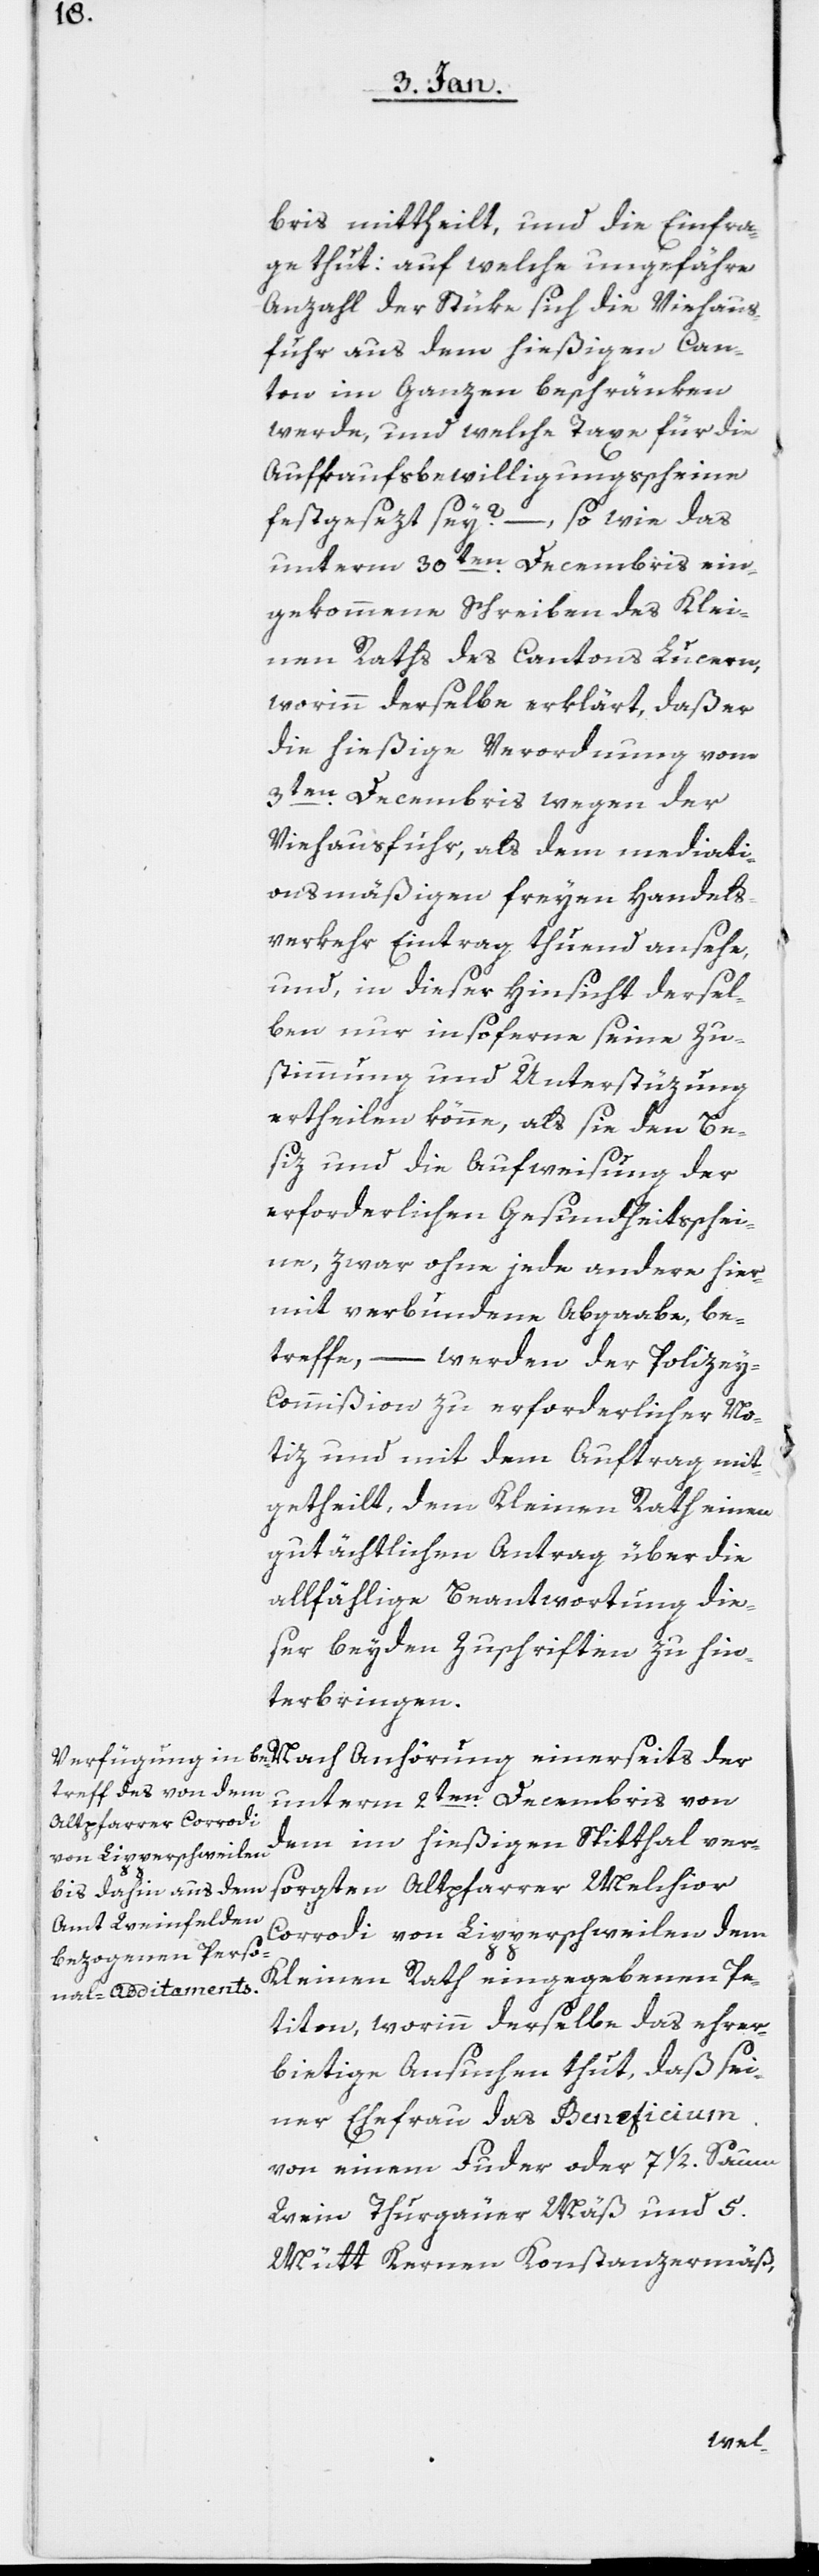
bris mittheilt, und die Einfra¬
ge thut: auf welche ungefähre
Anzahl der Stüke sich die Viehaus¬
fuhr aus dem hießigen Can¬
ton im Ganzen beschränken
werde, und welche Taxe für die
Aufkaufsbewilligungsscheine
festgesezt sey? – so wie das
unterm 30sten. Decembris ein¬
gekommene Schreiben des Klei¬
nen Raths des Cantons Lucern,
worinn derselbe erklärt, daß er
die hießige Verordnung vom
3ten Decembris wegen der
Viehausfuhr, als dem mediati¬
onsmäßigen freyen Handels¬
verkehr Eintrag thuend ansehe,
und in dieser Hinsicht dersel¬
ben nur insoferne seine Zu¬
stimmung und Unterstüzung
ertheilen könne, als sie den Be¬
siz und die Aufweisung der
erforderlichen Gesundheitsschei¬
ne, zwar ohne jede andere hier¬
mit verbundene Abgaabe, be¬
treffe, – werden der Polize¬
y-Commißion zu erforderlicher No¬
tiz und mit dem Auftrag mit¬
getheilt, dem Kleinen Rath einen
gutächtlichen Antrag über die
allfählige Beantwortung die¬
ser beiden Zuschriften zu hin¬
terbringen.
unterm 2ten. Decembris von
dem im hießigen Spitthal ver¬
sorgten Altpfarrer Melchior
Corrodi von Lipperschweilen dem
Kleinen Rath eingegebenen Pe¬
tition, worinn derselbe das ehrer¬
bietige Ansuchen thut, daß sei¬
ner Ehefrau das Beneficium
von einem Fuder oder 7 1/2. Saum
Wein Thurgäuer Mäß und 5.
Mütt Kernen Konstanzermäß,